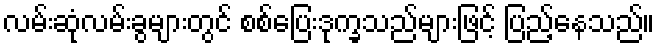
လမ်းဆုံလမ်းခွများတွင် စစ်ပြေးဒုက္ခသည်များဖြင့် ပြည့်နေသည်။